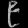
Digit: ၉